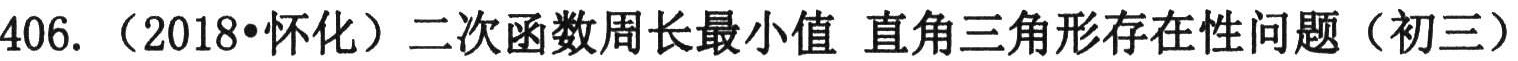
406. （2018•怀化）二次函数周长最小值 直角三角形存在性问题（初三）